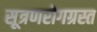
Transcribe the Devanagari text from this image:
सूत्रणरोगग्रस्त